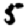
Digit: 5